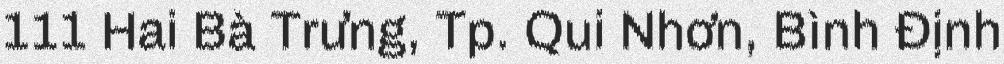
111 Hai Bà Trưng, Tp. Qui Nhơn, Bình Định